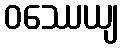
ဝဿေယျ